Source: Computer-generated
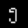
Digit: ၅ (5)